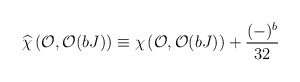
\begin{align*}\widehat{\chi}\left({\cal O},{\cal O}(bJ)\right) \equiv \chi\left({\cal O},{\cal O}(bJ)\right)+{{(-)^b}\over{32}}\end{align*}